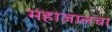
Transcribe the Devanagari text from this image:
महाजालचा